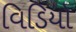
વિડિયો